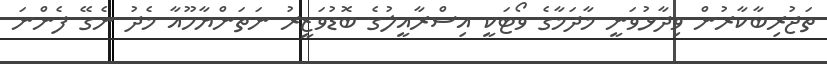
ތަޖުރިބާކާރުން ވިދާޅުވަނީ މާދަމާގެ ވޯޓަކީ އިސްރާއީލުގެ ބޮޑުވަޒީރު ނަތަންޔާހޫއާ މެދު ނެގޭ ފެންނަ